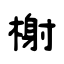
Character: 榭